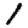
Digit: 1